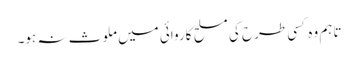
تاہم وہ کسی طرح کی مسلح کاروائی میں ملوث نہ ہو۔